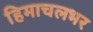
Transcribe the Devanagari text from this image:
हिमाचलभर